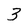
Character: 3